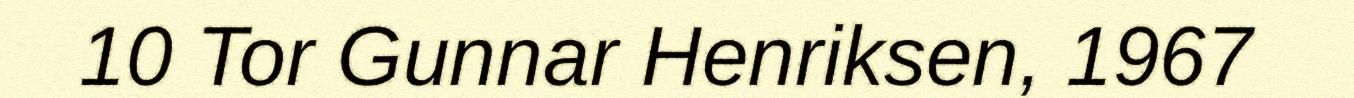
10 Tor Gunnar Henriksen, 1967